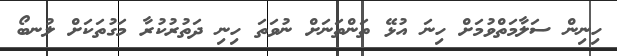
ހިނިން ސަލާމަތްވުމަށް ހިނަ އުޅޭ ތަންތަނަށް ނުވަތަ ހިނި ދަތުރުކުރާ މަގުތަކަށް ލުނބޯ